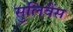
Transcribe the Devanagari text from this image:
सुलिवैंस